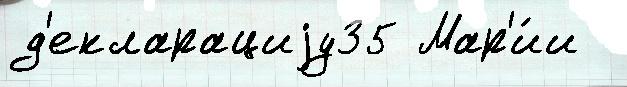
д'екларациjу35 Мар'и́и